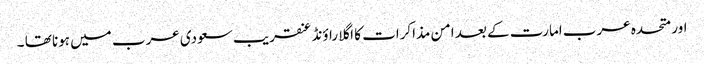
اور متحدہ عرب امارت کے بعد امن مذاکرات کا اگلا راؤنڈ عنقریب سعودی عرب میں ہونا تھا ۔